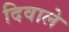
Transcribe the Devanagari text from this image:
दिवाले